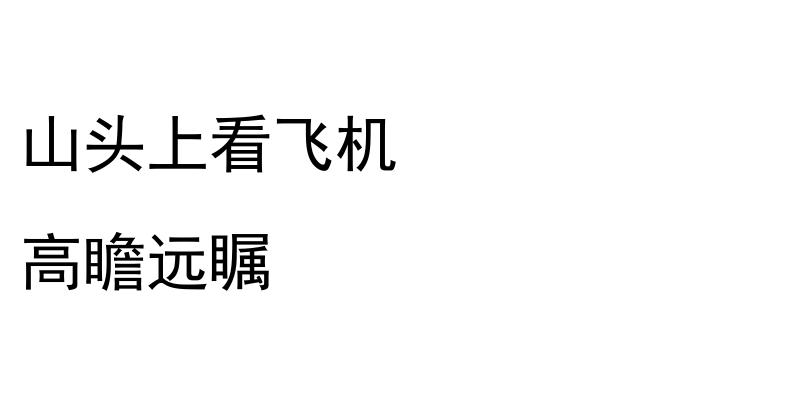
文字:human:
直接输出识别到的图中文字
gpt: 山头上看飞机 高瞻远瞩